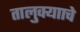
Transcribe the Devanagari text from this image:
तालुक्यााचे